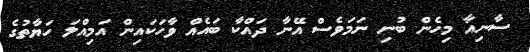
ސާނިއާ މިހެން ބުނި ނަމަވެސް އޭނާ ދައްކާ ބައެއް ވާހަކައިން އަމިއްލަ ހަޔާތުގެ